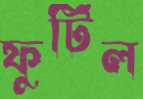
ফুটিল